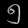
Digit: ၅